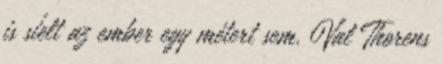
is síelt az ember egy métert sem. Val Thorens